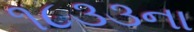
૧૮૩૩ના